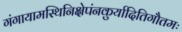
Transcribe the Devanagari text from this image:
गंगायामस्थिनिक्षेपंनकुर्यादितिगौतमः